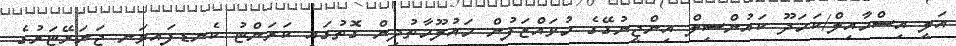
އަލީ އިސްމާއިލް/ކަމަދޫ ކައުންސިލް އިންޖީނުގޭގެ މުވައްޒަފުން މައުލޫމާތުދިން ގޮތުގައި ކަރަންޓު ކެނޑިފައިވަނީ ޖަނަރޭޓަރުގެ